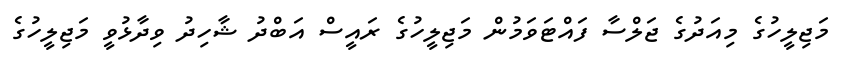
މަޖިލީހުގެ މިއަދުގެ ޖަލްސާ ފައްޓަވަމުން މަޖިލީހުގެ ރައީސް އަބްދު ޝާހިދު ވިދާޅުވީ މަޖިލީހުގެ